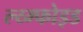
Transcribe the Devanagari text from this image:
ल्य्म्फोइड